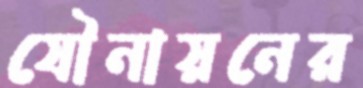
যৌনায়নের